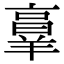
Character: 𦎫